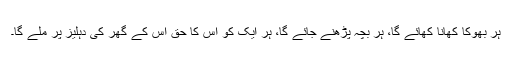
ہر بھوکا کھانا کھائے گا، ہر بچہ پڑھنے جائے گا، ہر ایک کو اُس کا حق اُس کے گھر کی دہلیز پر ملے گا۔